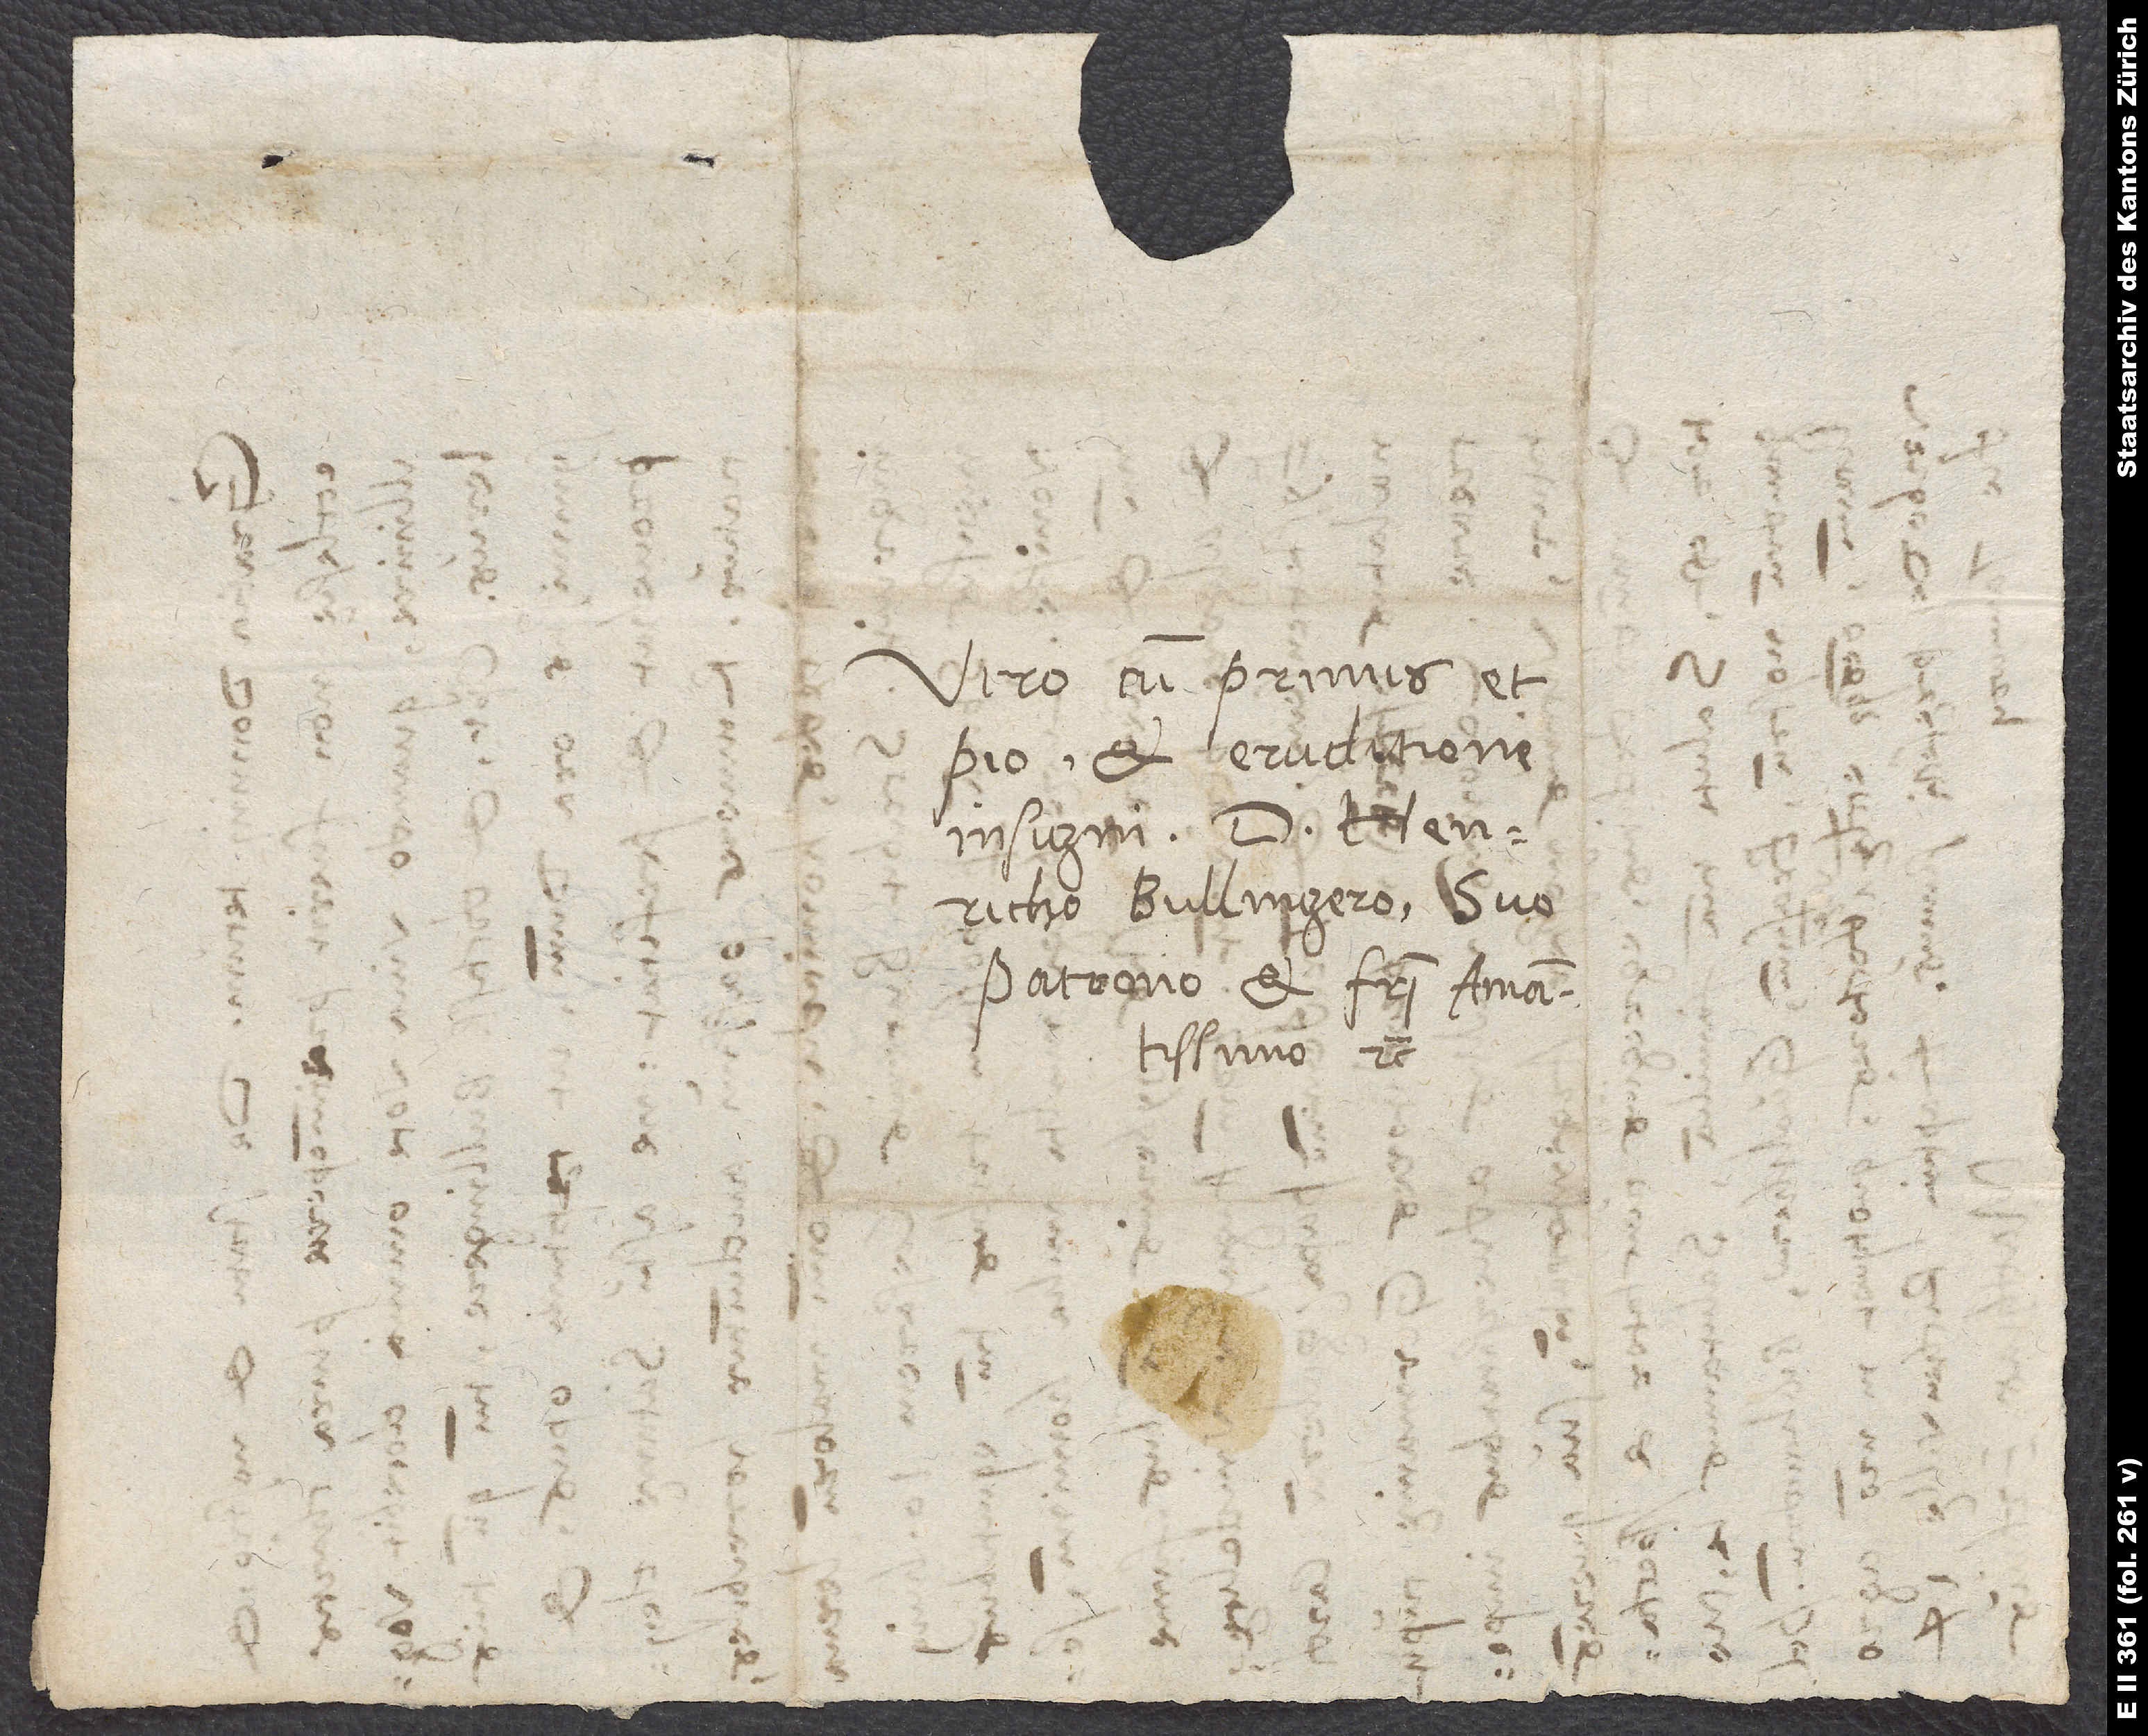
Viro cum primis et
pio et eruditione
insigni d. Henricho
Bullingero, suo
patrono et fratri amantissimo
etc.
10.

14.